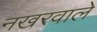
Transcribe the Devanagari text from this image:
नखरवाले